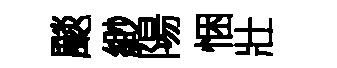
颷緲陽悃壯